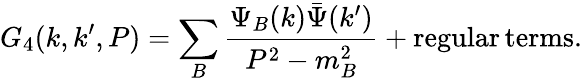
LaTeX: G_{4}(k,k^{\prime},P)=\sum_{B}{\frac{\Psi_{B}(k)\bar{\Psi}(k^{\prime})}{P^{2}-m_{B}^{2}}}+\mathrm{regular}\, \mathrm{terms}.